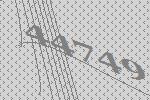
44749